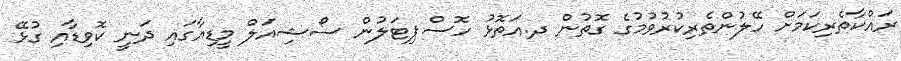
ރައްކާތެރިކަމަށް ހޭލުންތެރިކުރުވުމުގެ ގޮތުން ދ.އަތޮޅު ހޮސްޕިޓަލުން ސޯޝިއަލް މީޑިއާގައި ދަނީ ކޮވިޑާއި ގުޅޭ